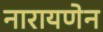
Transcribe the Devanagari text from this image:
नारायणेन